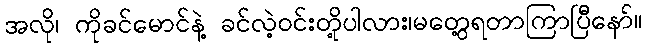
အလို၊ ကိုခင်မောင်နဲ့ ခင်လဲ့ဝင်းတို့ပါလား၊မတွေ့ရတာကြာပြီနော်။